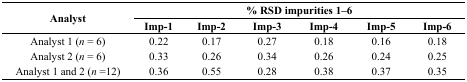
<table><thead><tr><td rowspan="3"><b>Analyst</b></td><td colspan="6"><b>% RSD impurities 1–6</b></td></tr><tr><td><b>Imp-1</b></td><td><b>Imp-2</b></td><td><b>Imp-3</b></td><td><b>Imp-4</b></td><td><b>Imp-5</b></td><td><b>Imp-6</b></td></tr></thead><tbody><tr><td>Analyst 1 (<i>n</i> = 6)</td><td>0.22</td><td>0.17</td><td>0.27</td><td>0.18</td><td>0.16</td><td>0.18</td></tr><tr><td>Analyst 2 (<i>n</i> = 6)</td><td>0.33</td><td>0.26</td><td>0.34</td><td>0.26</td><td>0.24</td><td>0.25</td></tr><tr><td>Analyst 1 and 2 (<i>n</i> =12)</td><td>0.36</td><td>0.55</td><td>0.28</td><td>0.38</td><td>0.37</td><td>0.35</td></tr></tbody></table>